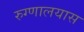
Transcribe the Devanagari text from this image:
रुग्णालयास